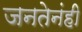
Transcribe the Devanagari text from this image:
जनतेनंही